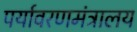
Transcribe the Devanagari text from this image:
पर्यावरणमंत्रालय